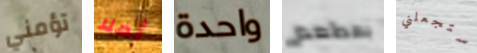
تؤمني ثملا واحدة بمطعم ستجعلني